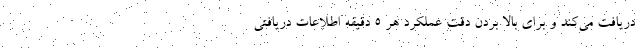
دریافت می‌کند و برای بالا بردن دقت عملکرد هر 5 دقیقه اطلاعات دریافتی